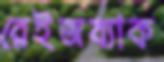
রেইজব্যাক